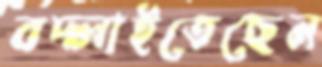
বদ্‌লাইতেছেন